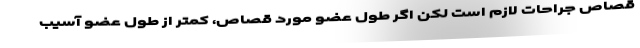
قصاص جراحات لازم است لکن اگر طول عضو مورد قصاص، کمتر از طول عضو آسیب